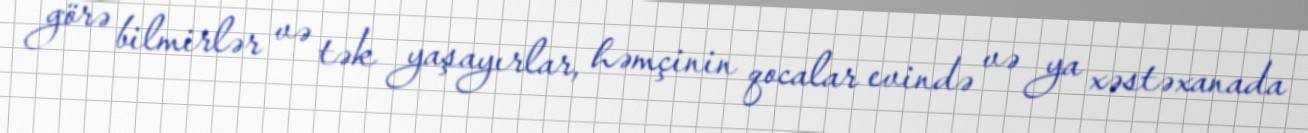
görə bilmirlər və tək yaşayırlar, həmçinin qocalar evində və ya xəstəxanada